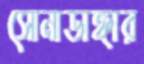
সোনাডাঙ্গার